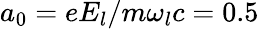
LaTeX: a_{0}=eE_{l}/m\omega_{l}c=0.5